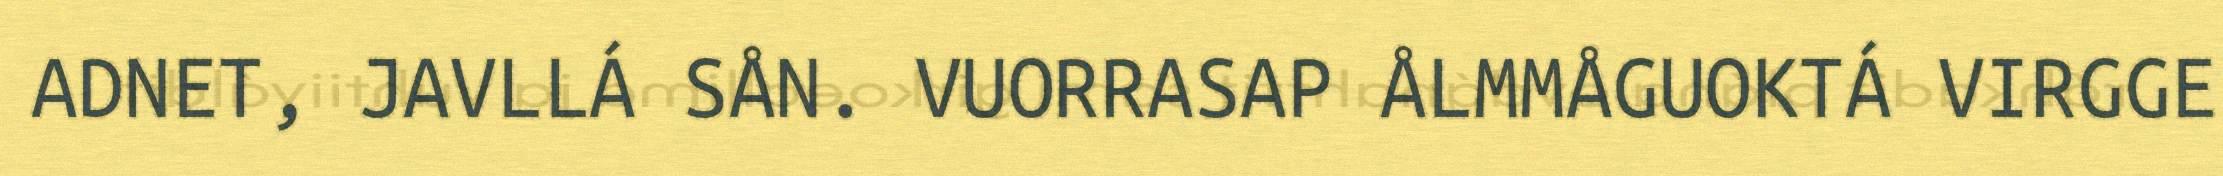
ADNET, JAVLLÁ SÅN. VUORRASAP ÅLMMÅGUOKTÁ VIRGGE